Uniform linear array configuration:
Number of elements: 24
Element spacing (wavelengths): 1
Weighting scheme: binomial
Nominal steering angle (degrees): -30
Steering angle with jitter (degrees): -29.032
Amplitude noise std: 0.05
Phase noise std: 0.05

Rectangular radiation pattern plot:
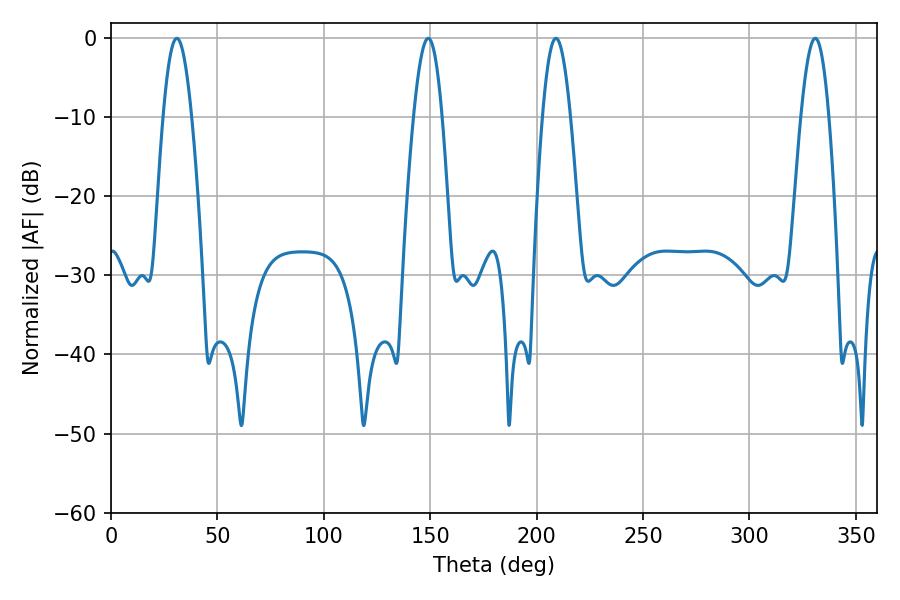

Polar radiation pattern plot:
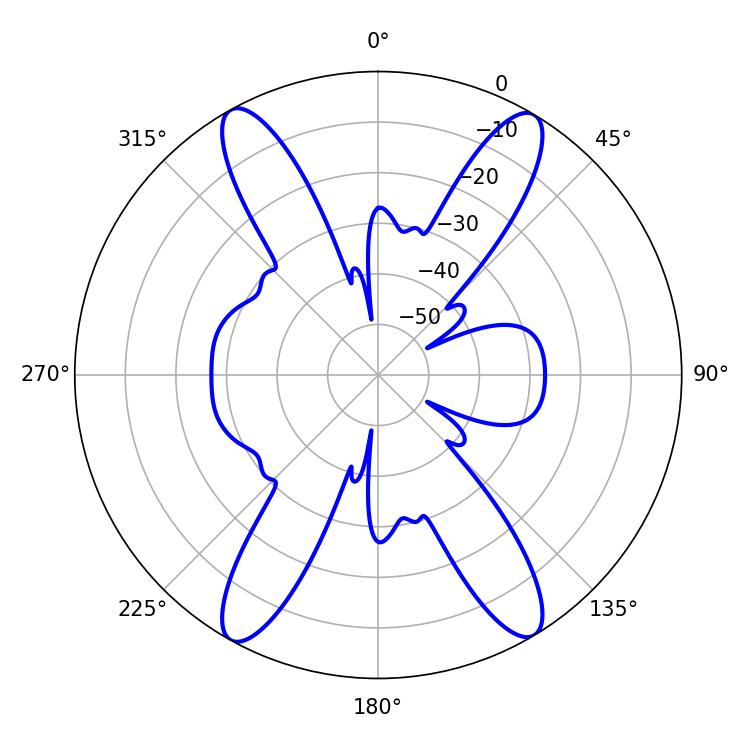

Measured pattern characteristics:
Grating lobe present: TRUE
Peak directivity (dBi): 23.309
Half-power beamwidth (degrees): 7.2
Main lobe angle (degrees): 30.96